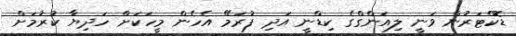
ޑޮކްޓަރުން ވަނީ ލިއަންގްގެ ކިޑްނީ އަދި ފުރަމޭ އެހެން މީހަކަށް ހަދިޔާ ކުރުމަށް